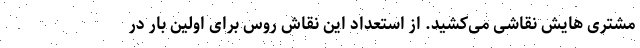
مشتری هایش نقاشی می‌کشید. از استعداد این نقاش روس برای اولین بار در